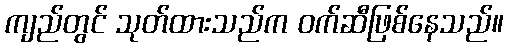
ကျည်တွင် သုတ်ထားသည်က ဝက်ဆီဖြစ်နေသည်။